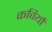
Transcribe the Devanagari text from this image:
कवियोँ